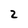
Character: 2